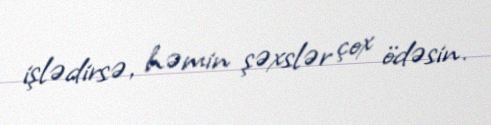
işlədirsə, həmin şəxslər çox ödəsin.